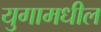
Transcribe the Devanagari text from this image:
युगामधील